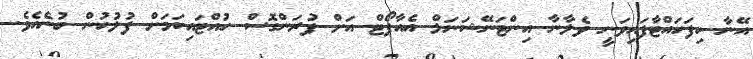
އޭނާ ހިފަހައްޓާފައިވަނީ ވެލާނާ އިންޓަނޭޝަނަލް އެއާޕޯޓް އަށް ފުރަންގޮސް ހުއްޓައިކަމަށް ފުލުހުން ބުނެއެވެ.